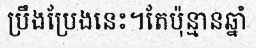
ប្រឹងប្រែងនេះ។តែប៉ុន្មានឆ្នាំ